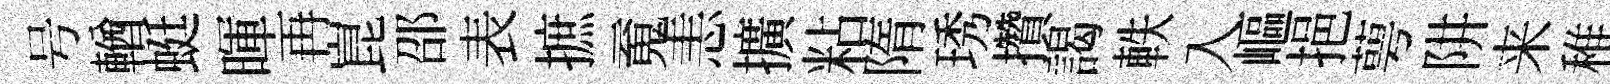
号輶蜓暉再崑邵表摭䰟恚擴粘隋琇攢謁軼入嶇挹萼阱来稚